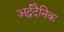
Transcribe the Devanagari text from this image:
अर्द्धदैनिक